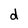
Character: d